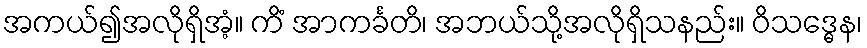
အကယ်၍အလိုရှိအံ့။ ကိံ အာကင်္ခတိ၊ အဘယ်သို့အလိုရှိသနည်း။ ဝိသဒ္ဓေန၊